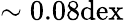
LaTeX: \sim 0.08\mathrm{dex}